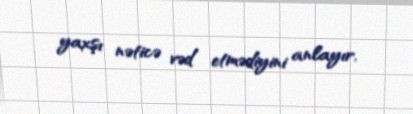
yaxşı nəticə vəd etmədiyini anlayır.